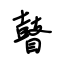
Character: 瞽